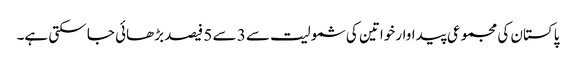
پاکستان کی مجموعی پیداوار خواتین کی شمولیت سے 3 سے 5 فیصد بڑھائی جا سکتی ہے۔